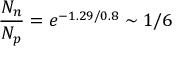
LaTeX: \frac { N _ { n } } { N _ { p } } = e ^ { - 1 . 2 9 / 0 . 8 } \sim 1 / 6